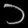
Digit: ၁